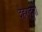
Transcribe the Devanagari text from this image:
देहरादूनी